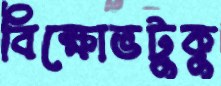
বিক্ষোভটুকু